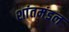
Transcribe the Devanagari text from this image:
शांतमंडल